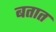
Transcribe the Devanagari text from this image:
बतात